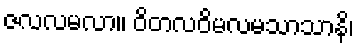
ဇလလမလာ။ ဝိတလဝိမလမသာသာနိ၊